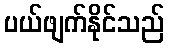
ပယ်ဖျက်နိုင်သည်